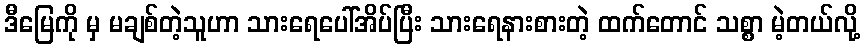
ဒီမြေကို မှ မချစ်တဲ့သူဟာ သားရေပေါ်အိပ်ပြီး သားရေနားစားတဲ့ ထက်တောင် သစ္စာ မဲ့တယ်လို့